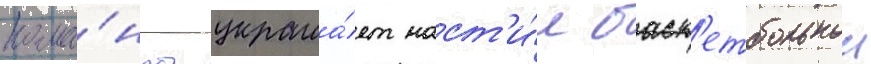
кома́нды украша́ет наст'и́л баск'етбольнои